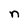
Character: n